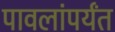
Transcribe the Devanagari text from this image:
पावलांपर्यंत